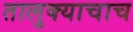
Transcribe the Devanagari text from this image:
तालुक्याचाच